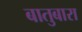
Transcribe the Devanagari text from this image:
बातुबारा